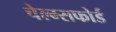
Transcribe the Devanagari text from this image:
चेल्म्सफोर्ड